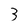
Character: 3